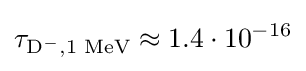
\tau _{{\text{D}}^{-},{\text{1 MeV}}}\approx 1.4\cdot 10^{-16}